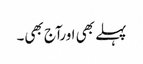
پہلے بھی اورآج بھی۔